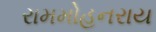
રામમોહનરાય